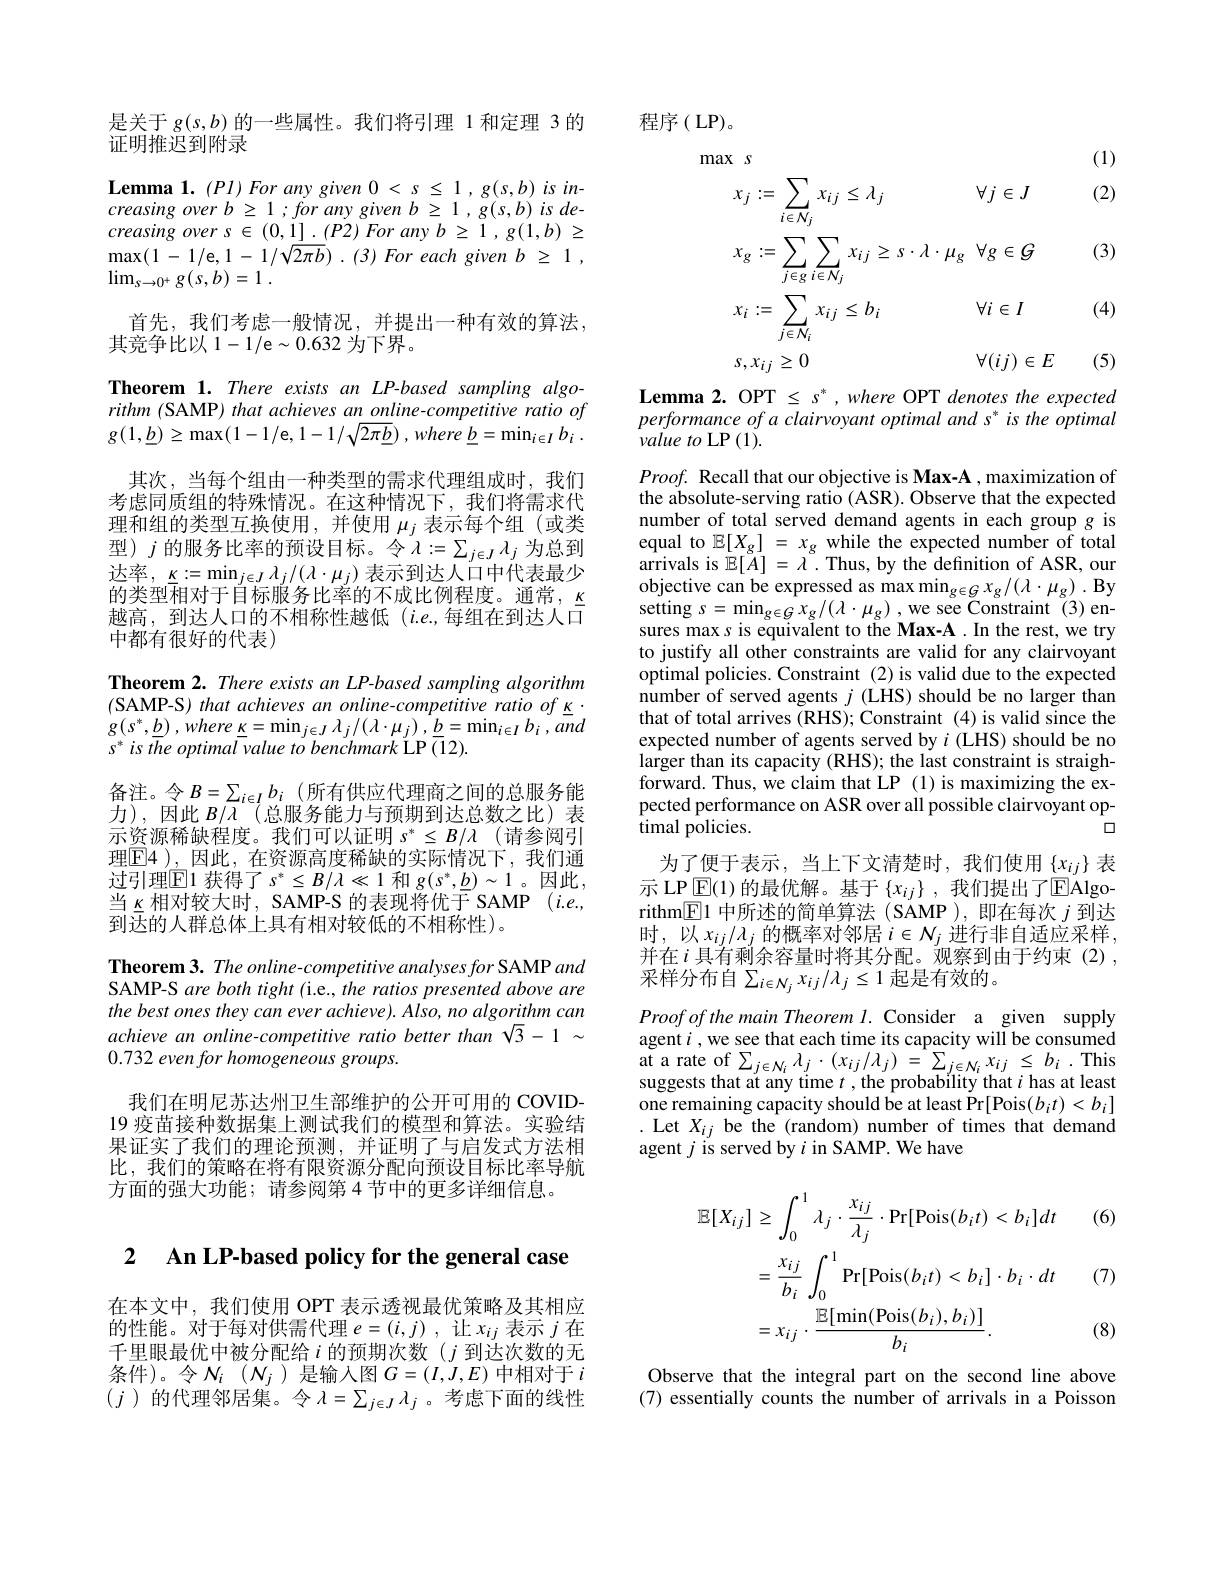
是关于$g(s,b)$的一些属性。我们将引理 1 和定理 3 的
证明推迟到附录

$\textbf{Lemma 1. ( Pl) For any given 0< s1, g( s, b) is in- }$

$creasingoverb\geq 1; foranygivenb\geq 1, g( s, b) is$ $de-$

$creasingovers\in(0,\underline{1}].(P2)Foranyb\geq1,g(1,b)\geq$

$\max(1-1/$e$,1-1/\sqrt{2\pi b}).(3)For$ each given $b\geq1$,

$\lim_{s\to0^{+}}g(s,b)=1^{'}.$

首先，我们考虑一般情况，并提出一种有效的算法，
其竞争比以1-1/e$\sim0.632$为下界。

Theorem 1. There exists an LP-based sampling algorithm (SAMP) that achieves an online-competitive ratio of $g(1,\underline{b})\geq\operatorname*{max}(1-1/$e$, 1- 1/ \sqrt 2\pi \underline {b})$ $, wher\dot{e} \underline {b}= \operatorname* { min} _{i\in I}b_{i}$ .

其次，当每个组由一种类型的需求代理组成时，我们考虑同质组的特殊情况。在这种情况下，我们将需求代理和组的类型互换使用，并使用$\mu_j$表示每个组(或类型)$j$的服务比率的预设目标。令$\lambda:=\sum_j\in J\lambda_j$为总到达率，$\underline {\kappa }: = \min _{j\in J}\lambda _{j}/ ( \lambda \cdot \mu _{j})$ 表示到达人口中代表最少$\bar{\text{的类型相对于目标服务比率的不成比例程度。通常，}}$ 越高，到达人口的不相称性越低($i.e.$,每组在到达人口中都有很好的代表)

Theorem 2. There exists an LP-based sampling algorithm (SAMP-S) that achieves an online-competitive ratio of $\underline{\kappa}\cdot$ $g( s^{* }, \underline {b})$ $, where$ $\underline {\kappa }= \operatorname* { min} _{j\in J}\lambda _{j}/ ( \lambda \cdot \mu _{j})$ $, \underline {b}= \operatorname* { min} _{i\in I}b_{i}$ $, and$ $s^{* }is$ the optimal value $to$ benchmark LP $( \overline {1}2) .$
备注。令$B=\sum_i\in Ib_i\left(\text{所有供应代理商之间的总服务能}\right)$ 力),因此$B/\lambda$ (总服务能力与预期到达总数之比)表示资源稀缺程度。我们可以证明 $s^* \leq B/ \lambda$ (请参阅引理$\boxed{\mathrm{F4}}$ ),因此，在资源高度稀缺的实际情况下，我们通过引理$\mathbb{E}$1 获得了 $s^*\leq B/\lambda\ll1$ 和 $g(s^*,\underline{b})\sim1$ 。因此， 当$\underline{\kappa}$相对较大时，SAMP-S 的表现将优于 SAMP $( i. e. $, 到达的人群总体上具有相对较低的不相称性)。
Theorem 3. The online-competitive analyses for SAMP and SAMP-S are both tight (i.e., the ratios presented above are the best ones they can ever achieve). Also, no algorithm can

achieve an online-competitive ratio better than $\sqrt{3}-1~\sim$

0.732 even for homogeneous groups.

我们在明尼苏达州卫生部维护的公开可用的 COVID- 19 疫苗接种数据集上测试我们的模型和算法。实验结果证实了我们的理论预测，并证明了与启发式方法相比，我们的策略在将有限资源分配向预设目标比率导航方面的强大功能；请参阅第 4 节中的更多详细信息。

## 2 $\textbf{An LP- based policy for the general case}$

在本文中，我们使用 OPT 表示透视最优策略及其相应的性能。对于每对供需代理$e= ( i, j)$ ,让$x_ij$表示$j$在千里眼最优中被分配给$i$的预期次数($j$ 到达次数的无条件)。令$N_i$ $( \mathcal{N} _j$ )是输入图$G=(I,J,E)$中相对于$i$ $(j$ )的代理邻居集。令$\lambda=\sum_j\in J\lambda_j$ 。考虑下面的线性

程序(LP)。

(1)
$$\begin{aligned}&\mathrm{ax}\:s\\&x_{j}:=\sum_{i\in N_{j}}x_{ij}\leq\lambda_{j}&&\forall j\in J\\&x_{g}:=\sum_{j\in g}\sum_{i\in N_{j}}x_{ij}\geq s\cdot\lambda\cdot\mu_{g}\:\forall g\in\mathcal{G}\\&x_{i}:=\sum_{j\in N_{i}}x_{ij}\leq b_{i}&&\forall i\in I\\&s,x_{ij}\geq0&&\forall(ij)\in E\end{aligned}$$
(2)

(3)

(4)

(5)

Lemma 2. OPT $\leq s^*,where$ OPT denotes the expected performance of a clairvoyant optimal and s* is the optimal value to LP (1).

$Proof.$ Recall that our objective is Max-A , maximization of the absolute-serving ratio (ASR). Observe that the expected objective can be expressed as max min$_g\in Gx_g/(\lambda\cdot\mu_g).$ By setting $s=\operatorname*{min}_{g\in G}x_{g}/(\lambda\cdot\mu_{g})$ ,we see Constraint (3)ensures max s is equivalent to the Max-A . In the rest, we try to justify all other constraints are valid for any clairvoyant optimal policies. Constraint (2) is valid due to the expected $\hat{\text{number of served agents }j\text{(LHS) should be no larger than}}$ that of total arrives (RHS); Constraint (4) is valid since the expected number of agents served by $i$ (LHS) should be no larger than its capacity (RHS); the last constraint is straighforward. Thus, we claim that LP (1) is maximizing the expected performance on ASR over all possible clairvoyant optimal policies.
口
为了便于表示，当上下文清楚时，我们使用$\{\underline x_{ij}\}$表示 LP $\underline{\mathrm{E}}(1)$的最优解。基于$\{x_ij\}$,我们提出了EAlgorithm$\boxed{\mathbb{F}}$1 中所述的简单算法 (SAMP ),即在每次$j$到达时，以$x_ij/\lambda_j$的概率对邻居$i\in N_j$进行非自适应采样， 并在$i$ 具有剩余容量时将其分配。观察到由于约束(2), 采样分布自$\sum_i\in N_jx_{ij}/\lambda_j\leq1$ 起是有效的。
Proof of the main Theorem l. Consider a given supply agent $i$ , we see that each time its capacity will be consumed at a rate of $\sum_{j\in N_{i}}\lambda_{j}\cdot(x_{ij}/\lambda_{j})=\sum_{j\in N_{i}}x_{ij}\leq b_{i}.$This suggests that at any time $t$,the probabílity that $i$ has at least one remaining capacity should be at least Pr[Pois$(b_it)<b_i]$ . Let $X_{ij}$ be the (random) number of times that demand agent $j$ is served by $i$ in SAMP. We have
$$\begin{aligned}\mathbb{E}[X_{ij}]&\geq\int_{0}^{1}\lambda_{j}\cdot\frac{x_{ij}}{\lambda_{j}}\cdot\Pr[\mathrm{Pois}(b_{i}t)<b_{i}]dt&\text{(6)}\\&=\frac{x_{ij}}{b_{i}}\int_{0}^{1}\Pr[\mathrm{Pois}(b_{i}t)<b_{i}]\cdot b_{i}\cdot dt&\text{(7)}\\&=x_{ij}\cdot\frac{\mathbb{E}[\min(\mathrm{Pois}(b_{i}),b_{i})]}{b_{i}}.&\text{(8)}\end{aligned}$$
Observe that the integral part on the second line above (7) essentially counts the number of arrivals in a Poisson